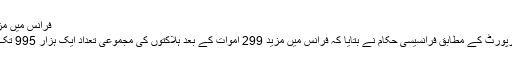
فرانس میں مزید 299 اموات
الجزیرہ ہی کی رپورٹ کے مطابق فرانسیسی حکام نے بتایا کہ فرانس میں مزید 299 اموات کے بعد ہلاکتوں کی مجموعی تعداد ایک ہزار 995 تک پہنچ چکی ہے۔